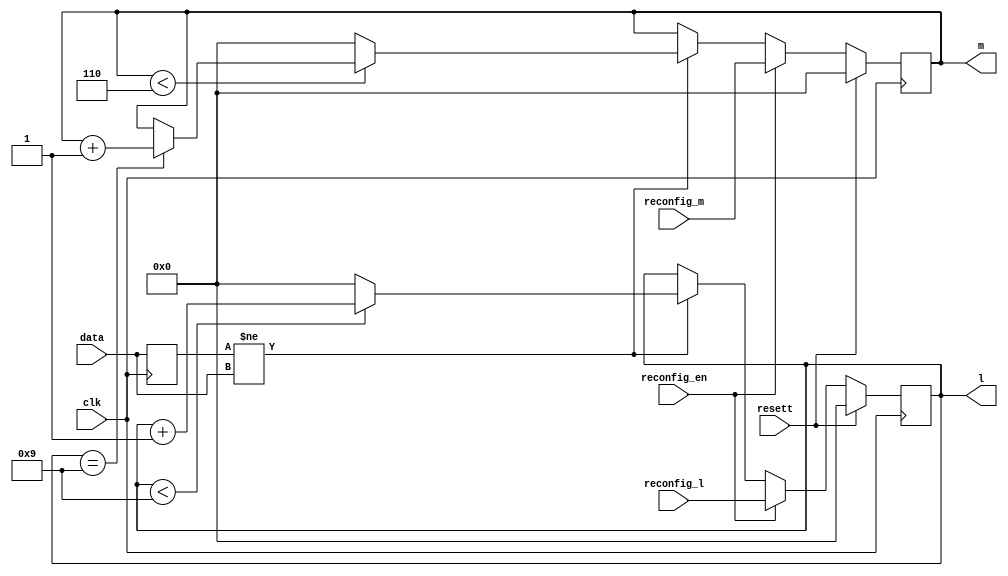
module num_split(
                     input    wire    [3:0]    reconfig_l,
							input    wire    [3:0]    reconfig_m,
							input    wire             reconfig_en,
							input    wire             resett,
							input    wire             clk,
                     input    wire    [5:0]    data,
                     output   reg     [3:0]    l,
                     output   reg     [3:0]    m                    
);

reg [5:0] temp_data = 0;

always @(posedge clk) begin 
	temp_data <= data;
end

always @(posedge clk) begin
	if (resett) begin 
		l <= 0;
	end else if (reconfig_en) begin
		l <= reconfig_l;
	end else if(temp_data != data) begin
		if (l < 9) begin
			l <= l + 1;
		end else begin
			l <= 0;
		end
		
	end
end

always @(posedge clk) begin
	if (resett) begin 
		m <= 0;
	end else if (reconfig_en) begin
		m <= reconfig_m;
	end else if(temp_data != data) begin
		if (m < 6) begin
			if (l == 9) begin
				m <= m + 1;
			end
		end else begin
			m <= 0;
		end
	end
end

endmodule